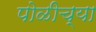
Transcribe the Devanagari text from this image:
पोळीच्या